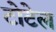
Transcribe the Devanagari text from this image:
टोटेल